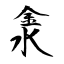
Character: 淾